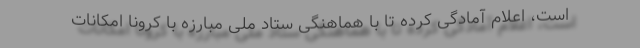
است، اعلام آمادگی کرده تا با هماهنگی ستاد ملی مبارزه با کرونا امکانات